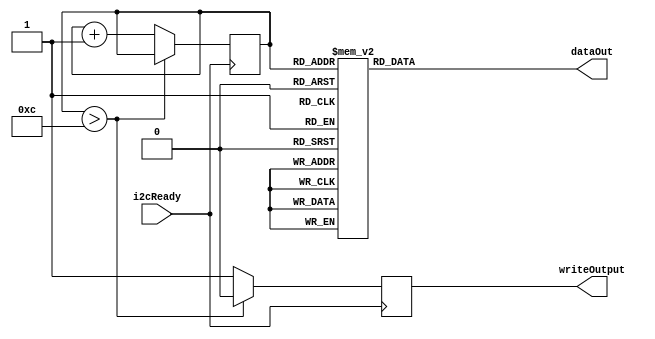
module i2cRegisterConfigure #(
	parameter bitLength = 24,	//Length of ROM as pointed to by the address
	parameter addressWidth = 4	//Address pointer width. 2^x ROM locations.
)
(
	//State machine clock 
	//input clock,
	//Input telling that the the i2c writing has completed and is awaiting new data. 
	input i2cReady,
	//input reset_n,
	//Output to signal i2c state machine to start writing data. 
	output writeOutput,
	//Data out from the ROM.
	output [ ( bitLength - 1 ) : 0 ] dataOut
);

	//Register used for assigning dataOut in an always block
	reg [ ( bitLength - 1 ) : 0 ] data = 0;
	assign dataOut = data;
	
	//Register used for telling the i2c state machine to start.
	reg i2cWrite 		= 1'b0;
	assign writeOutput 	= i2cWrite;
	
	//Counter used for stepping through the addresses one by one.
	reg [ ( addressWidth - 1 ) : 0 ] addressCounter = 0;
	
	//reg [1:0] currentState = 2'b00;
	//reg [1:0] nextState = 2'b00;
	
	//localparam resetState 		= 0;
	//localparam idleState		= 1;
	//localparam writeState		= 2;
	//localparam incrementState 	= 3;
	
	always @ ( * )
		begin
			//0x72 is ADV7513 write address
			case( addressCounter )
				0:			data = 24'h724110;	//power up. set sync polarity to positive.
				1:			data = 24'h729803;
				2:			data = 24'h729ae0;
				3:			data = 24'h729c30;
				4:			data = 24'h729d61;	//No internal clock divide.
				5:			data = 24'h72a2a4;
				6:			data = 24'h72a3a4;
				7:			data = 24'h72e0d0;
				8:			data = 24'h72f900;
				9:			data = 24'h7215f0;
				10:			data = 24'h721610;	//4:4:4, 8 bit colour, rgb, falling edge ddr.
				11:			data = 24'h721702;	//0x02 for 16:9, 0x00 for 4:3
				12:			data = 24'h721846;
				13:			data = 24'h72af06;	//[1]: 1 for HDMI, 0 for DVI
				default: 	data = 24'h000000;
			endcase
		end
		
	/*
		
	always @( posedge( clock ) )
		begin
			currentState <= nextState;
		end
		
	always @( posedge( clock ) )
		begin
			case( currentState )
				default:	
					begin
						nextState <= currentState;
					end
				resetState:
					begin
						nextState <= idleState;
					end
				idleState:
					begin
						if ( i2cReady )
							begin
								nextState <= writeState;
							end
						else
							begin
								nextState <= currentState;
							end
					end
				writeState:
					begin
						nextState <= incrementState;
					end
				incrementState:
					begin
						nextState <= idleState;
					end
			endcase
		end //always
		
	always @( * )
		begin
			
			case( currentState )
				default:
					begin
						addressCounter 	= 0;
						i2cWrite 		= 1'b0;
					end
				resetState:
					begin
						addressCounter 	= 0;
						i2cWrite 		= 1'b0;
					end
				idleState:
					begin
						addressCounter	= addressCounter;
						i2cWrite		= 1'b0;
					end
				writeState:
					begin
						addressCounter	= addressCounter;
						
						//If the counter value is greater than 13 (All registers have been written)
						//Then keep i2cWrite as zero.
						if( addressCounter > 13 )
							begin
								i2cWrite 	= 1'b0;
							end
						else
							begin
								i2cWrite 	= 1'b1;
							end
					end//writeState
				incrementState:
					begin
						//If the counter value is greater than 13 (All registers have been written)
						//Then keep the addressCounter the same value, and don't increment.
						if( addressCounter > 13 )
							begin
								addressCounter	= addressCounter;
							end
						else
							begin
								addressCounter	= addressCounter + 1'b1;
							end
						
						i2cWrite		= 1'b0;
					end //incrementState
			endcase		
		end //always
	*/
	
	//handling the value of the addressCounter.
	always @( posedge ( i2cReady ) )
		begin
			if( i2cReady )
				begin
					addressCounter <= addressCounter + 1'b1;
					
					//Code to stop writing once all the registers have been written.
					//If the addressCounter is 13 or greater (all registers have been written)
					//Then keep the values the same, and don't write. 
					if( addressCounter > 12 )
						begin
							addressCounter <= addressCounter;
							i2cWrite <= 1'b0;
						end
					else
						begin
							addressCounter <= addressCounter + 1'b1;
							i2cWrite <= 1'b1;
						end
				end
				/*
			else if ( reset_n == 1'b0 )
				begin
					addressCounter <= 0;
					i2cWrite <= 1'b0;
				end
				*/
			else
				begin
					addressCounter <= addressCounter;
					i2cWrite <= 1'b0;
				end
		end
		
endmodule